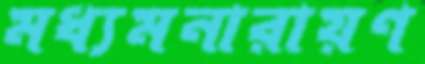
মধ্যমনারায়ণ